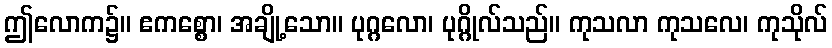
ဤလောက၌။ ဧကစ္စော၊ အချို့သော။ ပုဂ္ဂလော၊ ပုဂ္ဂိုလ်သည်။ ကုသလာ ကုသလေ၊ ကုသိုလ်